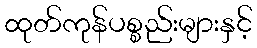
ထုတ်ကုန်ပစ္စည်းများနှင့်